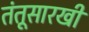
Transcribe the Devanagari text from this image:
तंतूसारखी